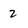
Character: 2